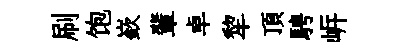
刷饱嶔輩卓犂頂騁㟁